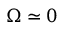
\boldsymbol { \Omega } \simeq \boldsymbol { 0 }